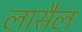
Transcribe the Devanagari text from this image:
लासैल